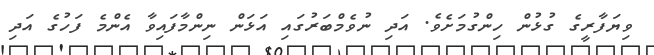
ވިޔަފާރީގެ ގުޅުން ހިންގުމަށެވެ. އަދި ނުވެމްބަރުގައި އަޅަން ނިންމާފައިވާ އެންމެ ފަހުގެ އަދި